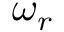
\omega _ { r }